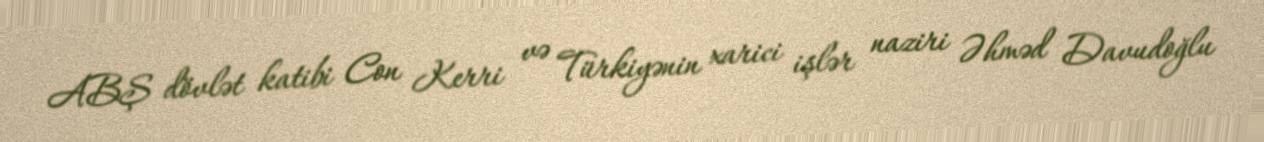
ABŞ dövlət katibi Con Kerri və Türkiyənin xarici işlər naziri Əhməd Davudoğlu